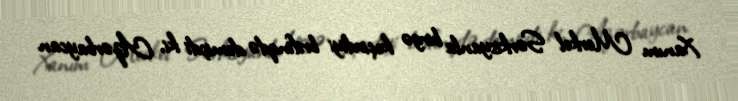
Xanım Merkel Sərkisyanla birgə keçirdiyi brifinqdə demişdi ki, Azərbaycan